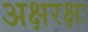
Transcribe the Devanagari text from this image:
अक्षरक्षः